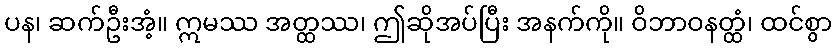
ပန၊ ဆက်ဦးအံ့။ ဣမဿ အတ္ထဿ၊ ဤဆိုအပ်ပြီး အနက်ကို။ ဝိဘာဝနတ္ထံ၊ ထင်စွာ